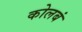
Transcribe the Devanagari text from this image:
कोलबं